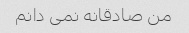
من صادقانه نمی دانم